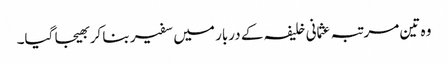
وہ تین مرتبہ عثمانی خلیفہ کے دربار میں سفیر بنا کر بھیجا گیا۔